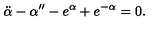
\ddot { \alpha } - \alpha ^ { \prime \prime } - e ^ { \alpha } + e ^ { - \alpha } = 0 .